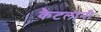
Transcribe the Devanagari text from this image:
कैटलानी